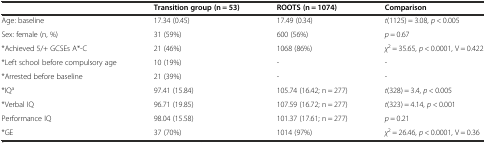
|  | Transition group (n = 53) | ROOTS (n = 1074) | Comparison |
 | --- | --- | --- | --- |
 | Age: baseline | 17.34 (0.45) | 17.49 (0.34) | t(1125) = 3.08, p < 0.005 |
 | Sex: female (n, %) | 31 (59%) | 600 (56%) | p = 0.67 |
 | *Achieved 5/+ GCSEs A*-C | 21 (46%) | 1068 (86%) | χ2 = 35.65, p < 0.0001, V = 0.422 |
 | *Left school before compulsory age | 10 (19%) | - | - |
 | *Arrested before baseline | 21 (39%) | - | - |
 | *IQa | 97.41 (15.84) | 105.74 (16.42; n = 277) | t(328) = 3.4, p < 0.005 |
 | *Verbal IQ | 96.71 (19.85) | 107.59 (16.72; n = 277) | t(323) = 4.14, p < 0.001 |
 | Performance IQ | 98.04 (15.58) | 101.37 (17.61; n = 277) | p = 0.21 |
 | *GE | 37 (70%) | 1014 (97%) | χ2 = 26.46, p < 0.0001, V = 0.36 |